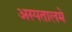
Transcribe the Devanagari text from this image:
अस्पतालमे